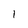
Character: 1